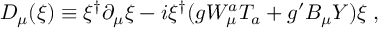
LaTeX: { \cal D } _ { \mu } ( \xi ) \equiv \xi ^ { \dagger } \partial _ { \mu } \xi - i \xi ^ { \dagger } ( g W _ { \mu } ^ { a } T _ { a } + g ^ { \prime } B _ { \mu } Y ) \xi \; ,